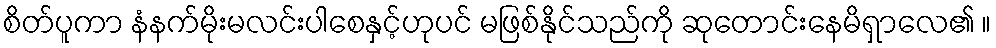
စိတ်ပူကာ နံနက်မိုးမလင်းပါစေနှင့်ဟုပင် မဖြစ်နိုင်သည်ကို ဆုတောင်းနေမိရှာလေ၏ ။